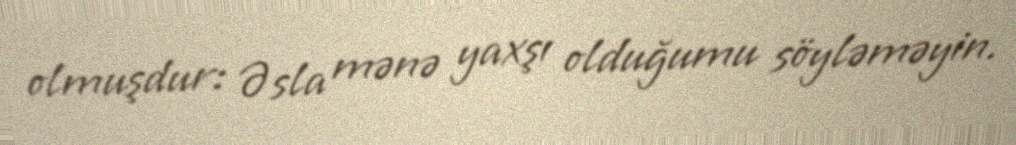
olmuşdur: Əsla mənə yaxşı olduğumu söyləməyin.